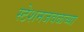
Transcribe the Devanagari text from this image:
स्टेशनजवळच्या